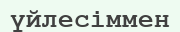
үйлесіммен